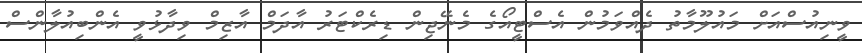
ވީނިއުސްއަށް މައުލޫމާތު ދެއްވަމުން އެސްޓީއޯގެ މެނޭޖިން ޑިރެކްޓަރު އާދަމް އާޒިމް ވިދާޅުވީ އެންބިއުލާންސް